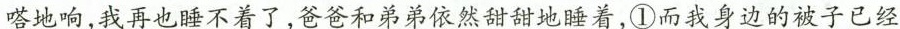
嗒地响，我再也睡不着了，爸爸和弟弟依然甜甜地睡着，①\underline{而我身边的被子已经}